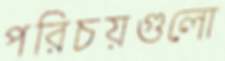
পরিচয়গুলো